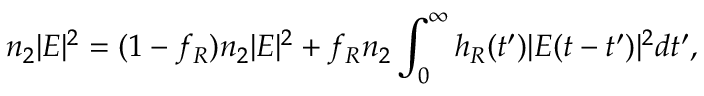
n _ { 2 } | E | ^ { 2 } = ( 1 - f _ { R } ) n _ { 2 } | E | ^ { 2 } + f _ { R } n _ { 2 } \int _ { 0 } ^ { \infty } h _ { R } ( t ^ { \prime } ) | E ( t - t ^ { \prime } ) | ^ { 2 } d t ^ { \prime } ,